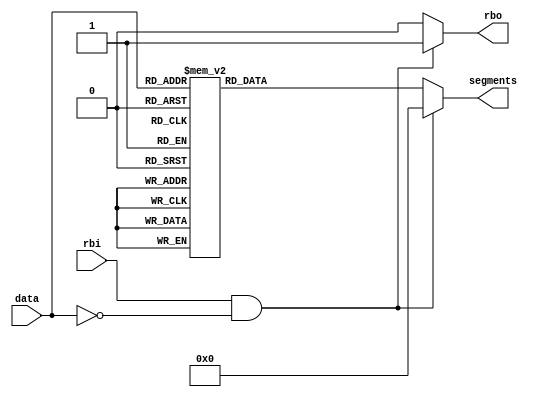
module sevensegment (data, rbi, segments, rbo);
	input [3:0] data;
	input rbi;
	output reg [6:0] segments; // from g to a
	output reg rbo;


	always @* begin
		if (rbi & data == 4'b0000) begin
			segments = 7'b0000000;
			rbo = 1;
		end
		else begin
			rbo = 0;
			case (data)
				4'b0000: segments = 7'b0111111;	// 0: a b c d e f -
				4'b0001: segments = 7'b0000110; // 1: - b c - - - -
				4'b0010: segments = 7'b1011011;	// 2: a b - d e - g
				4'b0011: segments = 7'b1001111; // 3: a b c d - - g
				4'b0100: segments = 7'b1100110; // 4: - b c - - f g
				4'b0101: segments = 7'b1101101;	// 5: a - c d - f g
				4'b0110: segments = 7'b1111101; // 6: a - c d e f g
				4'b0111: segments = 7'b0100111; // 7: a b c - - f -
				4'b1000: segments = 7'b1111111; // 8: a b c d e f g
				4'b1001: segments = 7'b1101111; // 9: a b c d - f g
				4'b1010: segments = 7'b1110111; // A: a b c - e f g
				4'b1011: segments = 7'b1111100; // B: - - c d e f g
				4'b1100: segments = 7'b0111001; // C: a - - d e f -
				4'b1101: segments = 7'b1011110; // D: - b c d e - f
				4'b1110: segments = 7'b1111001; // E: a - - d e f g
				4'b1111: segments = 7'b1110001; // F: a - - - e f g
				default: segments = 7'b0000000; // blank 
			endcase
		end
	end
endmodule